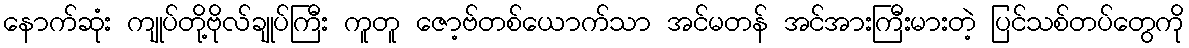
နောက်ဆုံး ကျုပ်တို့ဗိုလ်ချုပ်ကြီး ကူတူ ဇော့ဗ်တစ်ယောက်သာ အင်မတန် အင်အားကြီးမားတဲ့ ပြင်သစ်တပ်တွေကို